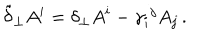
\tilde { \delta } _ { \perp } A ^ { i } = \delta _ { \perp } A ^ { i } - \gamma _ { i } { } ^ { j } A _ { j } \, .